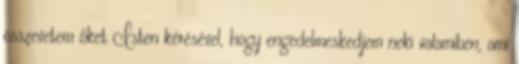
összevetem őket Isten kérésével, hogy engedelmeskedjem neki valamiben, ami